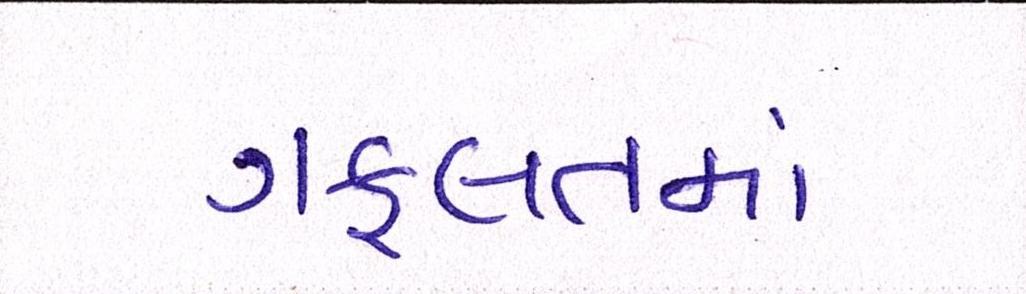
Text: ગફલતમાં